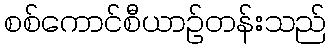
စစ်ကောင်စီယာဉ်တန်းသည်